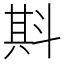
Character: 㪸